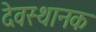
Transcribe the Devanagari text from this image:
देवस्थानक